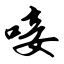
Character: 唼